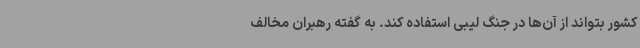
کشور بتواند از آن‌ها در جنگ لیبی استفاده کند. به گفته رهبران مخالف